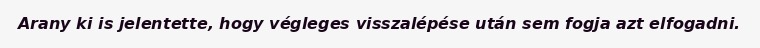
Arany ki is jelentette, hogy végleges visszalépése után sem fogja azt elfogadni.